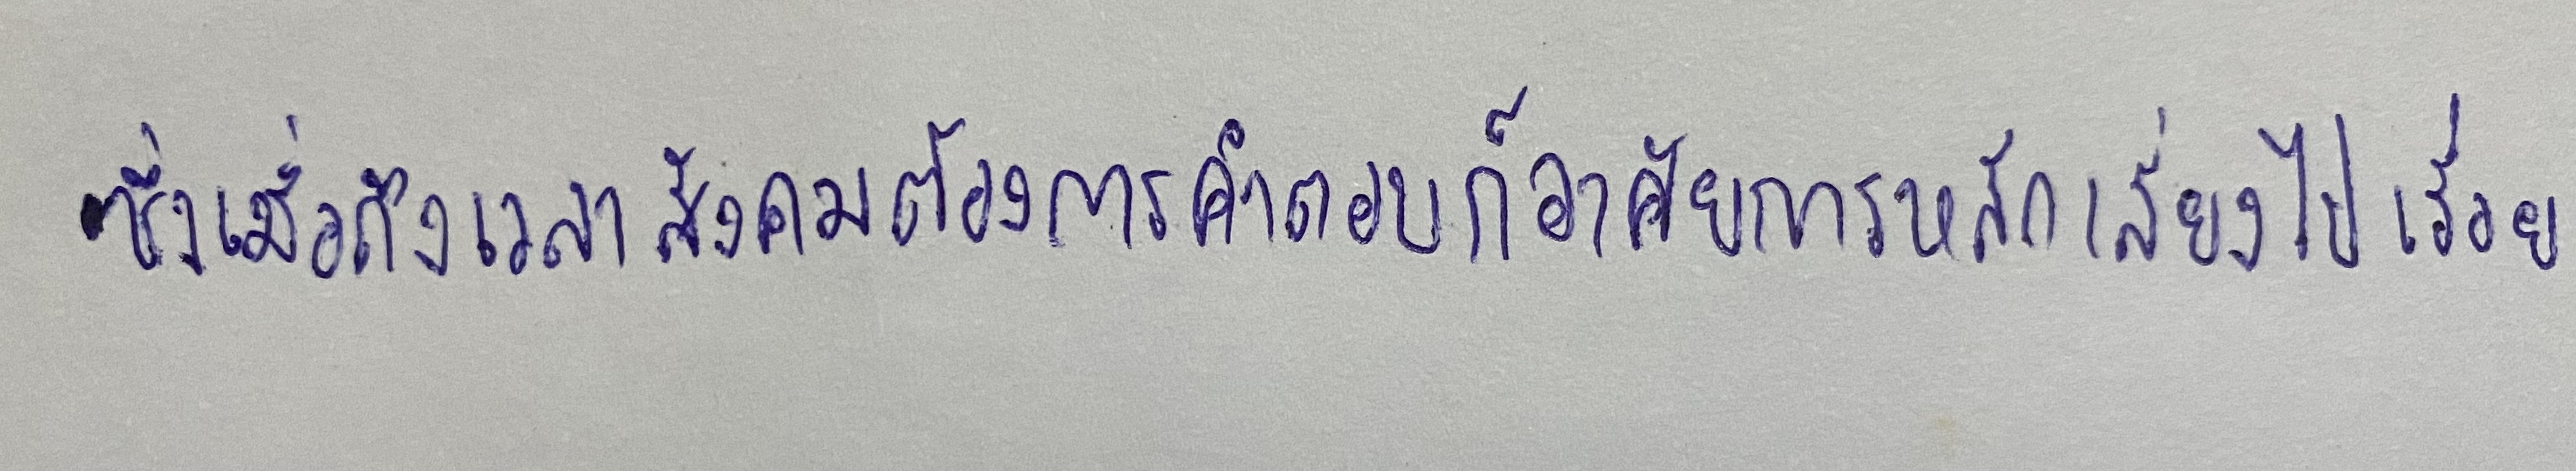
ซึ่งเมื่อถึงเวลาสังคมต้องการคำตอบก็อาศัยการหลีกเลี่ยงไปเรื่อย